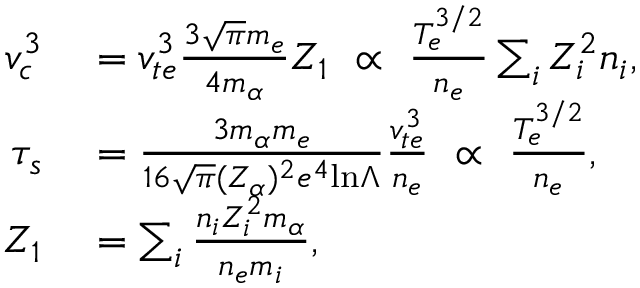
\begin{array} { r l } { v _ { c } ^ { 3 } } & { { } = v _ { t e } ^ { 3 } \frac { 3 \sqrt { \pi } m _ { e } } { 4 m _ { \alpha } } Z _ { 1 } ~ \propto ~ \frac { T _ { e } ^ { 3 / 2 } } { n _ { e } } \sum _ { i } Z _ { i } ^ { 2 } n _ { i } , } \\ { \tau _ { s } } & { { } = \frac { 3 m _ { \alpha } m _ { e } } { 1 6 \sqrt { \pi } ( Z _ { \alpha } ) ^ { 2 } e ^ { 4 } \mathrm { l n } \Lambda } \frac { v _ { t e } ^ { 3 } } { n _ { e } } ~ \propto ~ \frac { T _ { e } ^ { 3 / 2 } } { n _ { e } } , } \\ { Z _ { 1 } } & { { } = \sum _ { i } \frac { n _ { i } Z _ { i } ^ { 2 } m _ { \alpha } } { n _ { e } m _ { i } } , } \end{array}